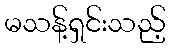
မသန့်ရှင်းသည့်